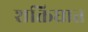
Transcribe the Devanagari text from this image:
शक्तिघात